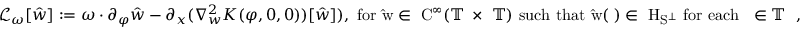
\begin{array} { r } { \mathcal { L } _ { \omega } [ \hat { w } ] : = \omega \cdot \partial _ { \varphi } \hat { w } - \partial _ { x } ( \nabla _ { w } ^ { 2 } K ( \varphi , 0 , 0 ) ) [ \hat { w } ] ) , \mathrm { ~ f o r ~ \hat { w } \in ~ C ^ \infty ( \mathbb { T } ^ \nu \times ~ \mathbb { T } ) ~ s u c h ~ t h a t ~ \hat { w } ( \varphi ) \in ~ H _ { S ^ \perp } ~ f o r ~ e a c h ~ \varphi \in \mathbb { T } ^ \nu ~ , } } \end{array}